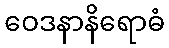
ဝေဒနာနိရောဓံ